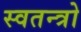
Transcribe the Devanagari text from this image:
स्वतन्त्रो